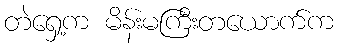
တဲရှေ့က မိန်းမကြီးတယောက်က